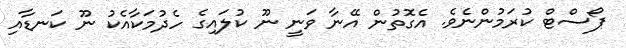
ޕޯސްޓް ކުރަމުންނެވެ. އެގޮތުން އޭނާ ވަނީ ނޫ ކުލައިގެ ހެދުމަކާއެކު ނޫ ކަނޑާއި